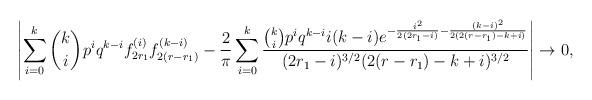
LaTeX: \begin{align*}\left|\sum\limits_{i=0}^{k}{k\choose i}p^{i}q^{k-i} f^{\left(i\right)}_{2r_1} f^{\left(k-i\right)}_{2(r-r_1)} -\frac{2}{\pi}\sum\limits_{i=0}^{k}\frac{ {k\choose i} p^{i}q^{k-i} i(k-i)e^{-\frac{i^2}{2(2r_1-i)}-\frac{(k-i)^2}{2(2(r-r_1)-k+i)}}}{(2r_1-i)^{3/2}(2(r-r_1)-k+i)^{3/2}}\right|\to 0,\end{align*}